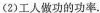
(2)工人做功的功率。